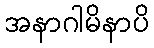
အနာဂါမိနာပိ